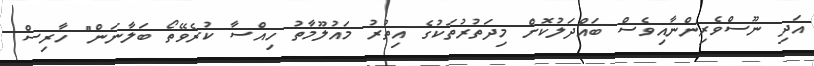
އަދި ނޫސްވެރިންނާއިވެސް ބައްދަލުކޮށް މިދަތުރުތަކުގެ އިތުރު މައުލޫމާތު ހިއްސާ ކުރެވޭތޯ ބަލާނަން" ހާރިސް